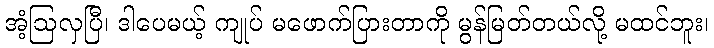
အံ့ဩလှပြီ၊ ဒါပေမယ့် ကျုပ် မဖောက်ပြားတာကို မွန်မြတ်တယ်လို့ မထင်ဘူး၊